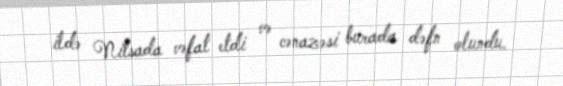
ildə Nitsada vəfat etdi və cənazəsi burada dəfn olundu.